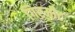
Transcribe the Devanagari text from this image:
गिरमीट